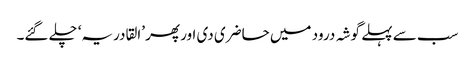
سب سے پہلے گوشہ درود میں حاضری دی اور پھر ’القادریہ‘ چلے گئے۔